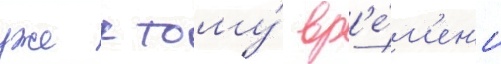
уже к тому́ вр'е́м'ен'и